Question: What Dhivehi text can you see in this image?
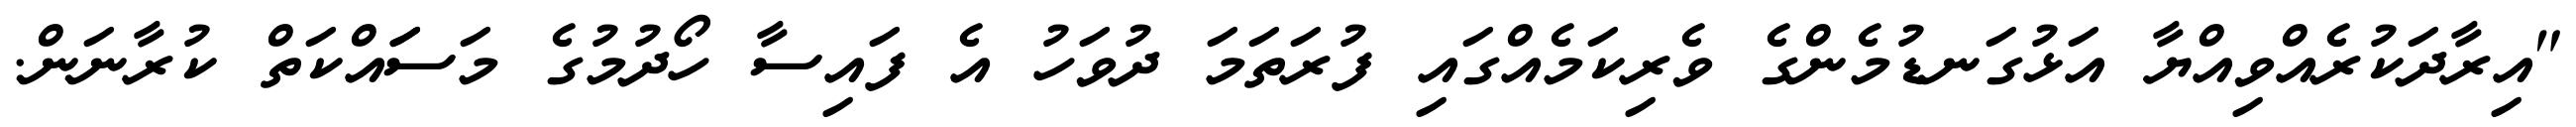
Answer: "އިރާދަކުރެއްވިއްޔާ އަޅުގަނޑުމެންގެ ވެރިކަމެއްގައި ފުރަތަމަ ދުވަހު އެ ފައިސާ ހޯދުމުގެ މަސަައްކަތް ކުރާނަން.